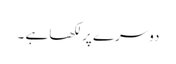
دوسرے پر لکھا ہے ۔